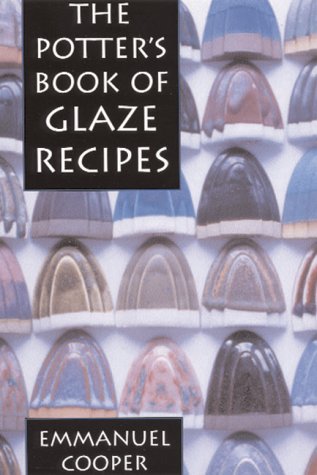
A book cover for Potter's Book Of Glaze Recipes; Emmanuel Cooper; Cookbooks, Food & Wine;